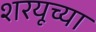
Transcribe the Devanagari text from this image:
शरयूच्या